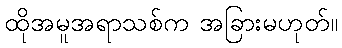
ထိုအမူအရာသစ်က အခြားမဟုတ်။